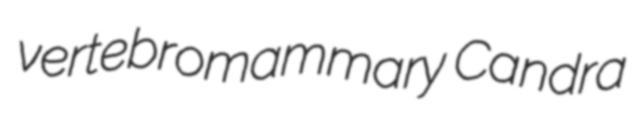
vertebromammary Candra